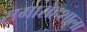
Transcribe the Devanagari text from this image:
समारोहशाला